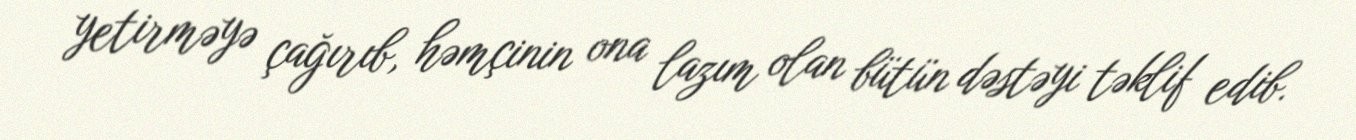
yetirməyə çağırıb, həmçinin ona lazım olan bütün dəstəyi təklif edib.